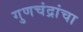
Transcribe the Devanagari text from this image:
गुणचंद्रांचा